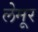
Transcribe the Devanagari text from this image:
लेमूर